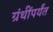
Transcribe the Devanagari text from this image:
ग्रंथींपर्यंत